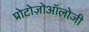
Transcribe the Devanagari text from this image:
प्रोटोज़ोऑलोजी